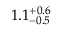
1 . 1 _ { - 0 . 5 } ^ { + 0 . 6 }